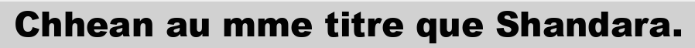
Chhean au mme titre que Shandara.